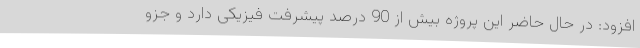
افزود: در حال حاضر این پروژه بیش از 90 درصد پیشرفت فیزیکی دارد و جزو